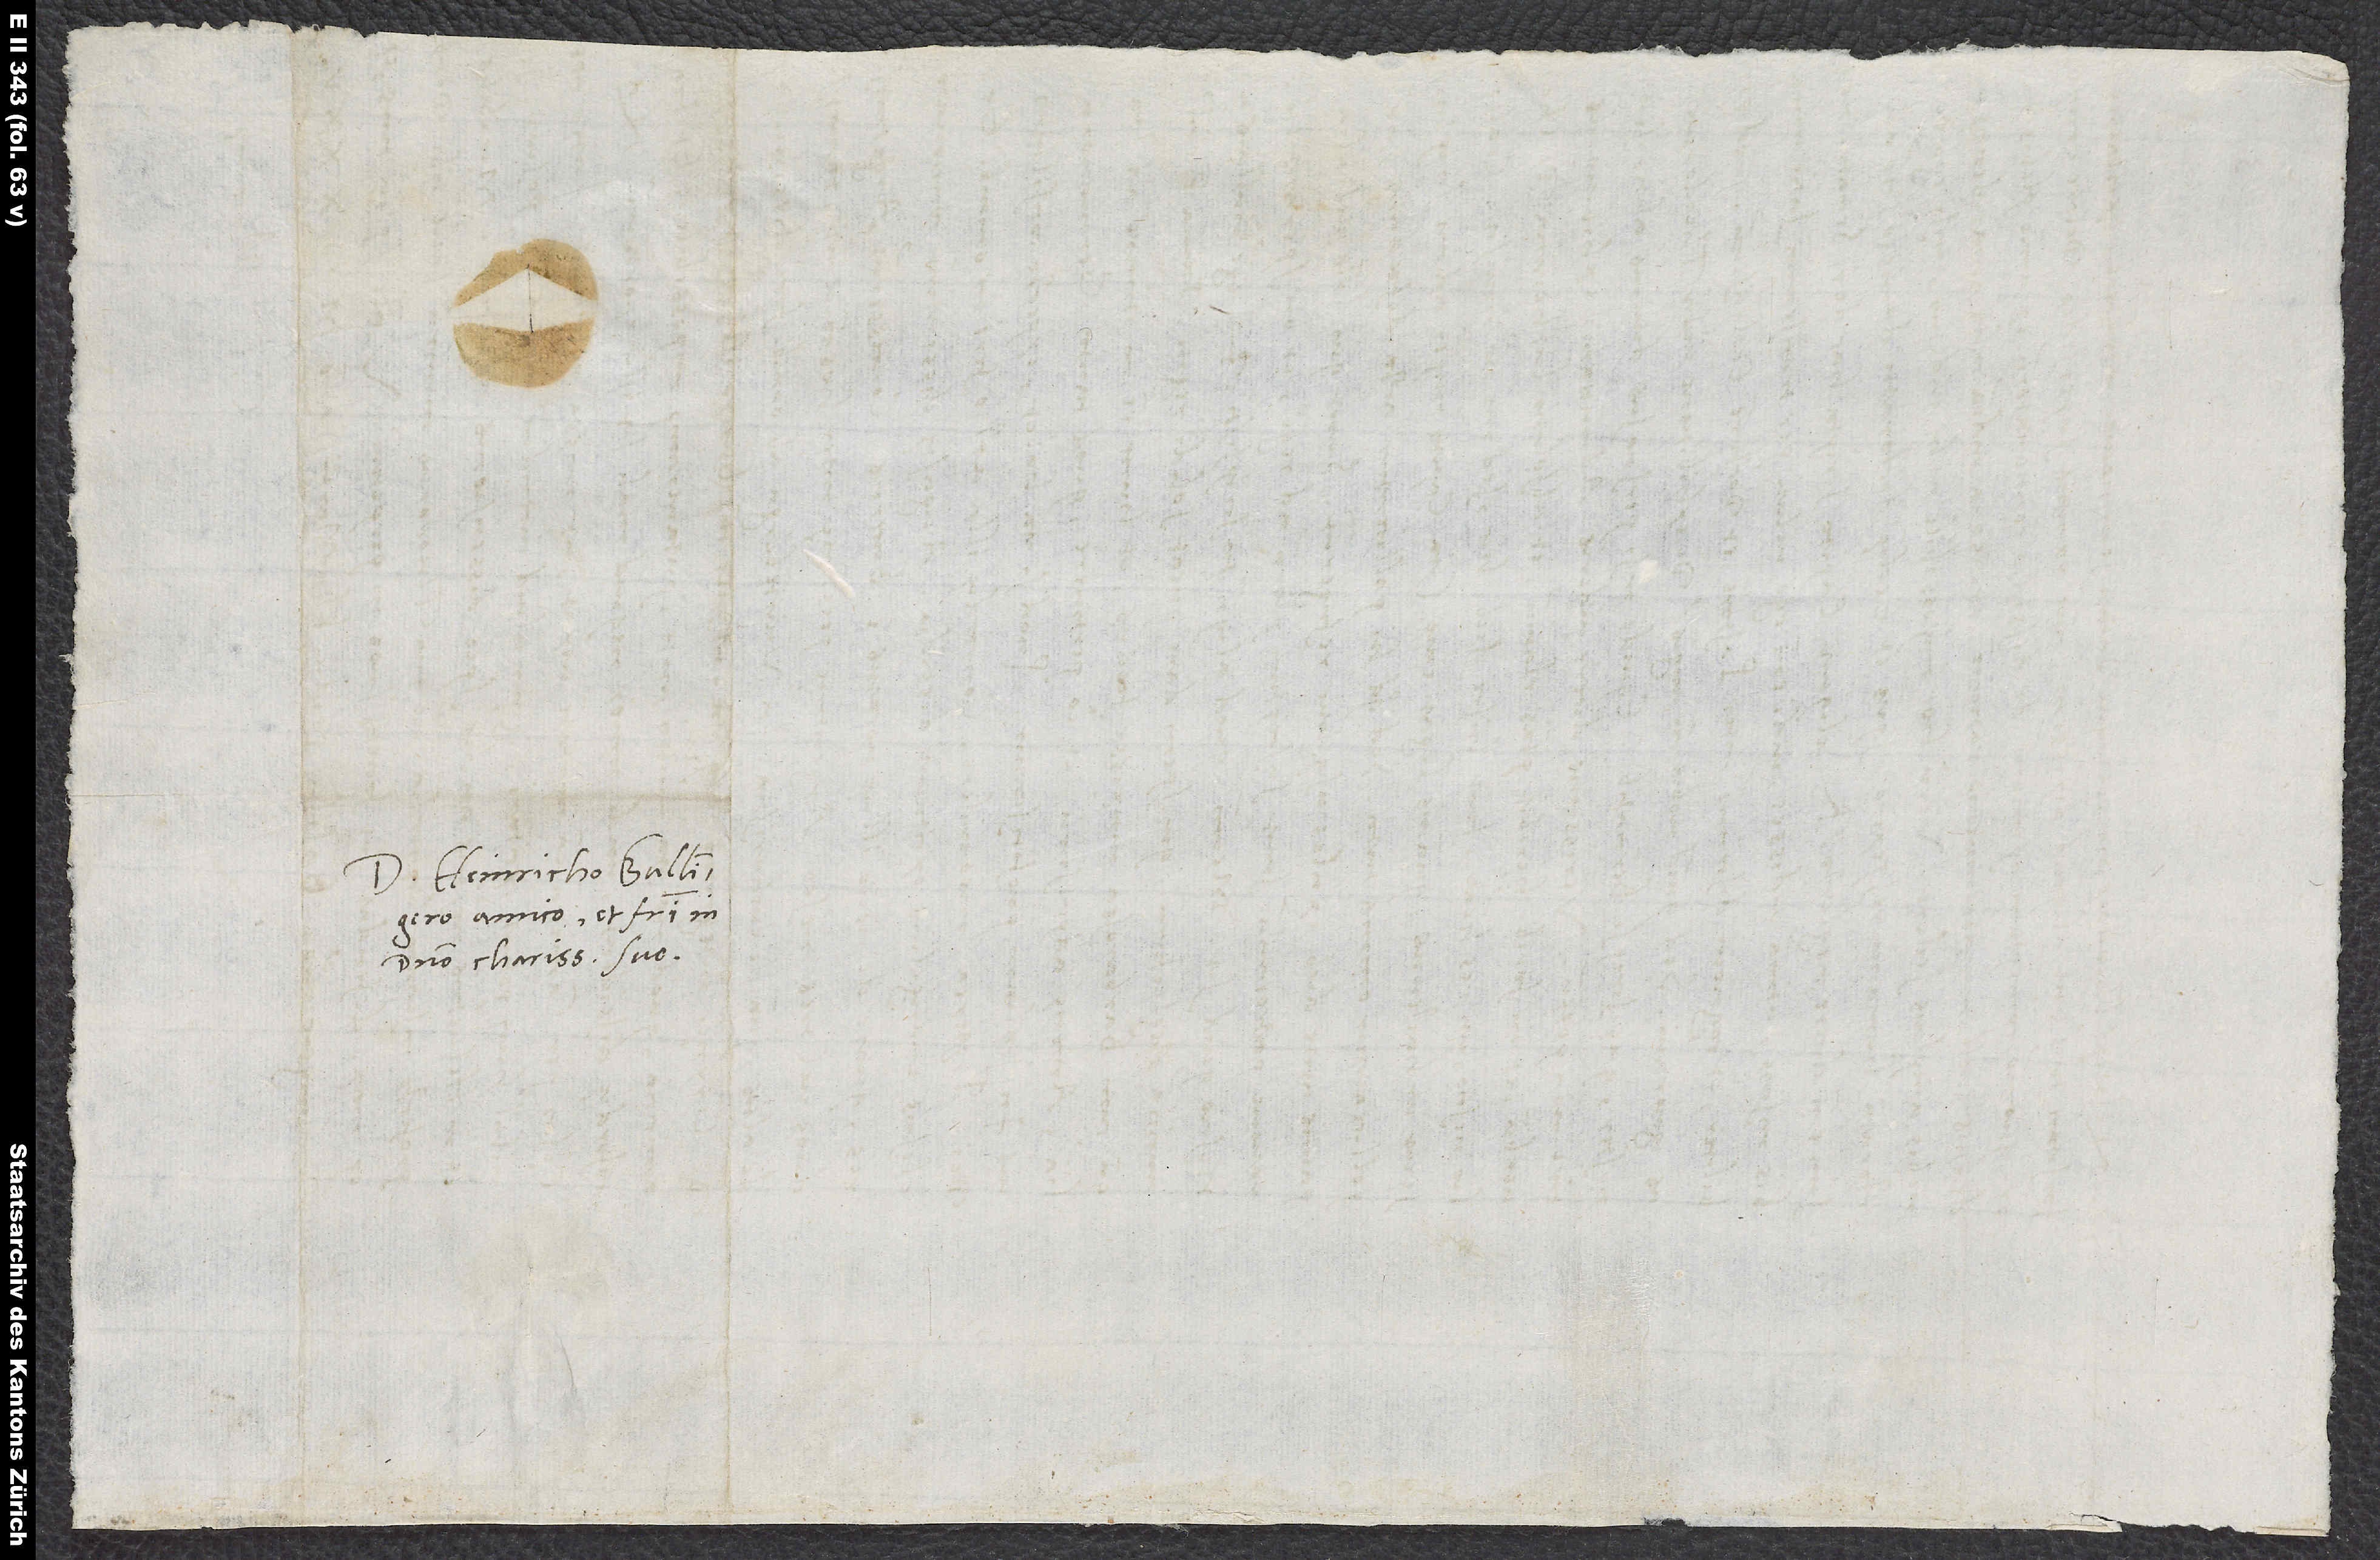
S.

Domino Heinricho Bullingero,
amico et fratri in
domino charissimo suo.